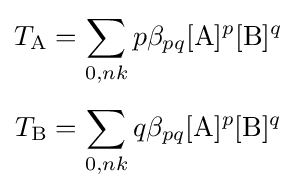
{\begin{aligned}T_{\mathrm {A} }&=\sum _{0,nk}p\beta _{pq}[{\ce {A}}]^{p}[{\ce {B}}]^{q}\\[4pt]T_{\mathrm {B} }&=\sum _{0,nk}q\beta _{pq}[{\ce {A}}]^{p}[{\ce {B}}]^{q}\\\end{aligned}}